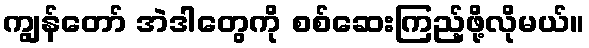
ကျွန်တော် အဲဒါတွေကို စစ်ဆေးကြည့်ဖို့လိုမယ်။